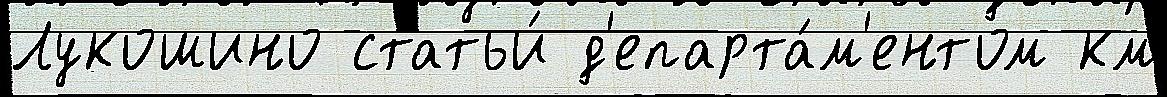
Лукошино статьи́ д'епарта́м'ентом км